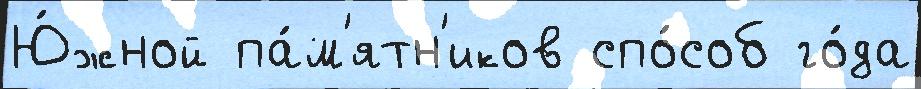
Ю́жной па́м'ятн'иков спо́соб го́да